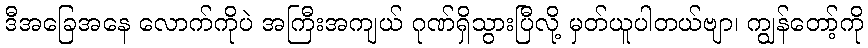
ဒီအခြေအနေ လောက်ကိုပဲ အကြီးအကျယ် ဂုဏ်ရှိသွားပြီလို့ မှတ်ယူပါတယ်ဗျာ၊ ကျွန်တော့်ကို